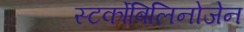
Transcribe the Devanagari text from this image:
स्‍टर्कोबिलिनोजेन